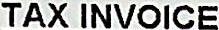
TAX INVOICE